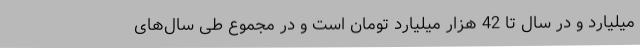
میلیارد و در سال تا 42 هزار میلیارد تومان است و در مجموع طی سال‌های